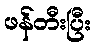
ဖန်တီးပြီး